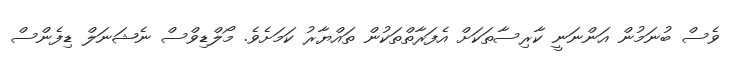
ވެސް ބުނަމުން އަންނަނީ ކާރިސާތަކަށް އެފަރާތްތަކުން ތައްޔާރު ކަމަށެވެ. މޯލްޑިވްސް ނެޝަނަލް ޑިފެންސް